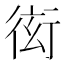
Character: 衒